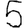
Digit: 5